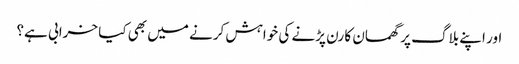
اور اپنے بلاگ پر گھمسان کا رن پڑنے کی خواہش کرنے میں بھی کیا خرابی ہے؟